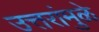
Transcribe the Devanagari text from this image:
उत्तरांमुळे